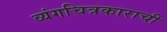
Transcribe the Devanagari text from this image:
व्यंगचित्रकाराची